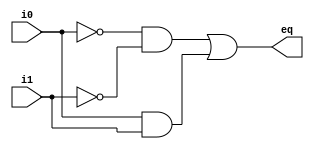
// Listing 1.1
module eq1
   // I/O ports
   (
    input wire i0, i1,
    output wire eq
   );

   // signal declaration
   wire p0, p1;

	//if both i0 and i1 are 0
   assign p0 = ~i0 & ~i1;
	//if both io and i1 are 1
   assign p1 = i0 & i1;

	//if either of the above, they are equal
   assign eq = p0 | p1;
  

endmodule